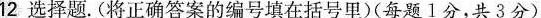
12选择题。(将正确答案的编号填在括号里)(每题1分，共3分)